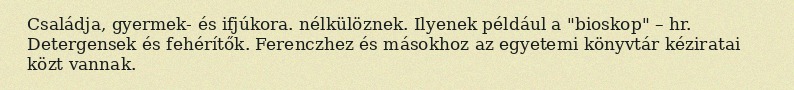
Családja, gyermek- és ifjúkora. nélkülöznek. Ilyenek például a "bioskop" – hr. Detergensek és fehérítők. Ferenczhez és másokhoz az egyetemi könyvtár kéziratai közt vannak.